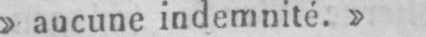
»aucune indemnité.»